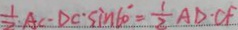
\frac { 1 } { 2 } A C \cdot D C \cdot \sin 6 0 ^ { \circ } = \frac { 1 } { 2 } A D \cdot C F